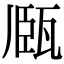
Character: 𤭘